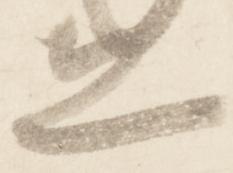
立